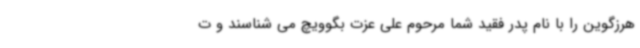
هرزگوین را با نام پدر فقید شما مرحوم علی عزت بگوویچ می شناسند و ت